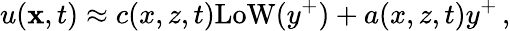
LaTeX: u({\mathbf x},t)\approx c(x,z,t)\mathrm{LoW}(y^{+})+a(x,z,t)y^{+}\, ,